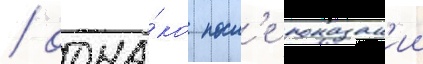
/ одна́ко посл'е показан'ии